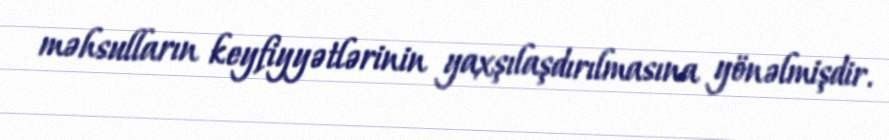
məhsulların keyfiyyətlərinin yaxşılaşdırılmasına yönəlmişdir.